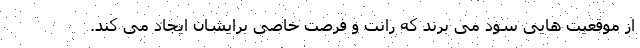
از موقعیت هایی سود می برند که رانت و فرصت خاصی برایشان ایجاد می کند.